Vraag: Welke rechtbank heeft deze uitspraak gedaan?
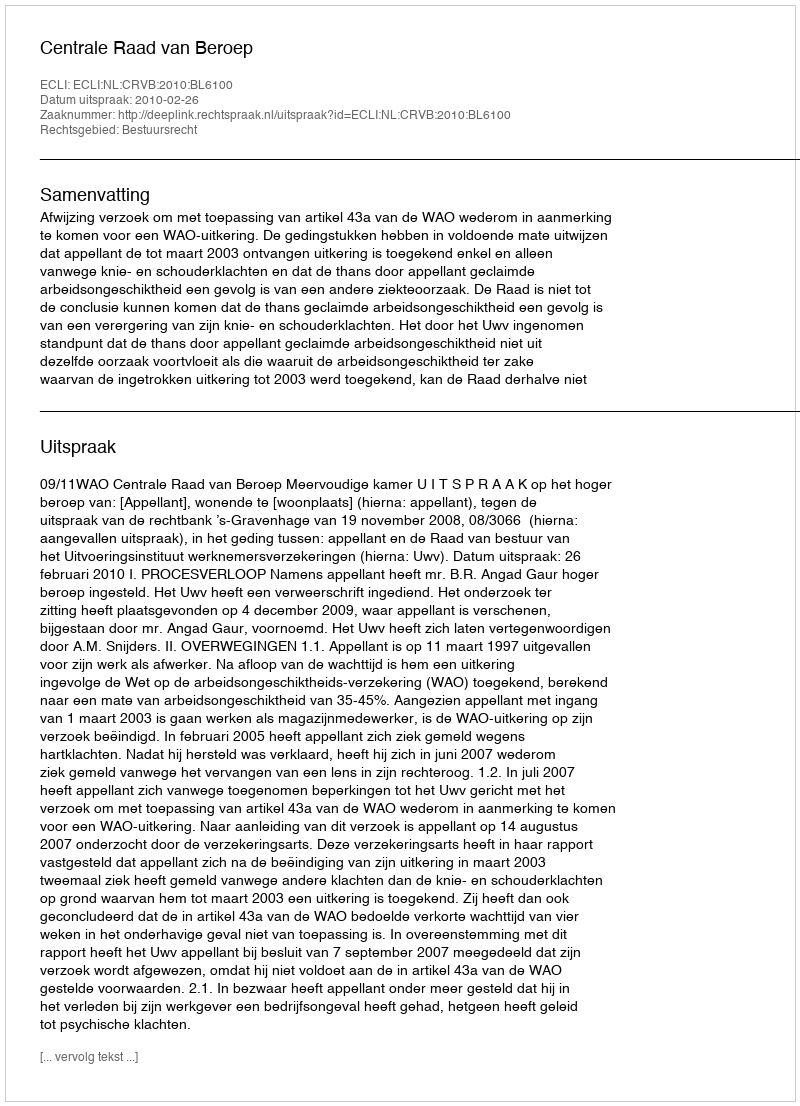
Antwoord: Centrale Raad van Beroep